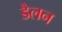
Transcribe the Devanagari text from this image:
डैलन